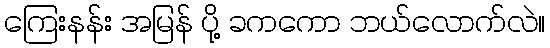
ကြေးနန်း အမြန် ပို့ ခကကော ဘယ်လောက်လဲ။